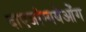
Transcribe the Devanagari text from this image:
दाएजांग्गयेओंग